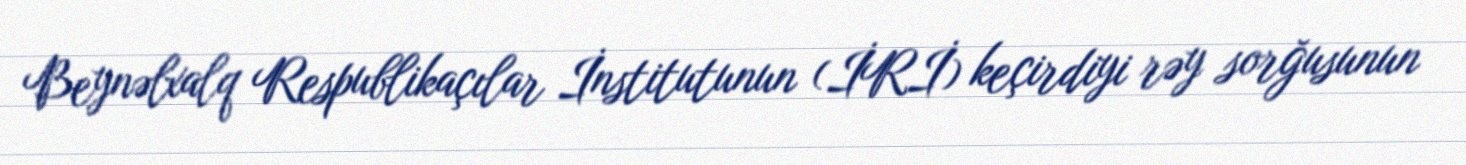
Beynəlxalq Respublikaçılar İnstitutunun (İRİ) keçirdiyi rəy sorğusunun